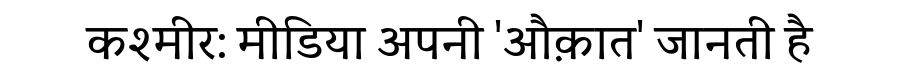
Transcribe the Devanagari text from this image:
कश्मीर: मीडिया अपनी 'औक़ात' जानती है